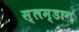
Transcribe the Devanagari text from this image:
स्लम्डाग